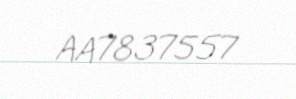
AA7837557